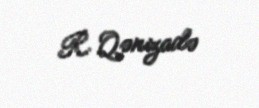
R. Qənizadə